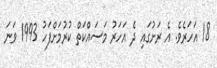
18 އަހަރެވެ. އެ ރަށުގައި ދެ އަހަރު މަސައްކަތް ކުރުމަށްފަހު 1993 ވަނަ